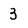
Character: 3